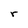
Character: r